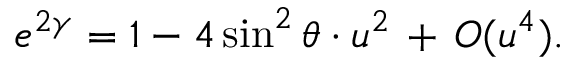
e ^ { 2 \gamma } = 1 - 4 \sin ^ { 2 } \theta \cdot u ^ { 2 } \, + \, { \cal O } ( u ^ { 4 } ) .